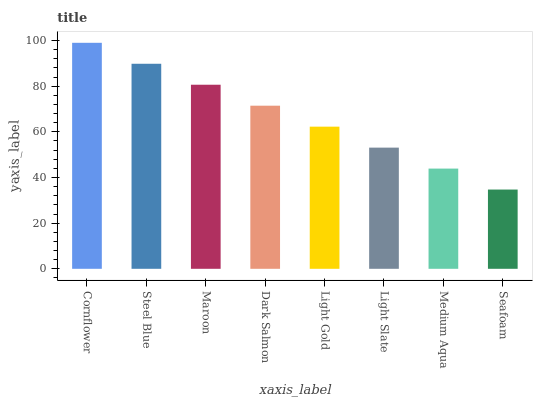
| xaxis_label | bars |
 | --- | --- |
 | Cornflower | 99 |
 | Steel Blue | 89.8 |
 | Maroon | 80.6 |
 | Dark Salmon | 71.5 |
 | Light Gold | 62.3 |
 | Light Slate | 53.1 |
 | Medium Aqua | 43.9 |
 | Seafoam | 34.7 |